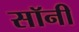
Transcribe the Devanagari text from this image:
सॉनी